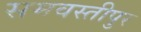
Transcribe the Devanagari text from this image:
समवस्तीपुर